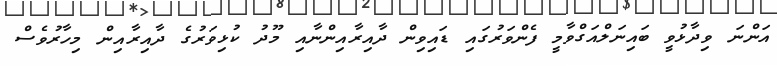
އަންނަ ވިދާޅުވީ ބައިނަލްއަގްވާމީ ފެންވަރުގައި ޑައިވިން ދާއިރާއިންނާއި މޫދު ކުޅިވަރުގެ ދާއިރާއިން މިހާރުވެސް